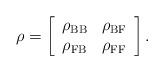
LaTeX: \begin{align*}\rho=\left[\begin{array}{cc} \rho_{\rm BB} & \rho_{\rm BF} \\ \rho_{\rm FB} & \rho_{\rm FF} \end{array}\right].\end{align*}